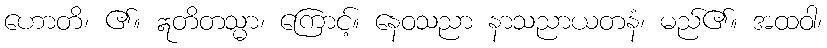
ဟောတိ၊ ၏။ ဣတိတသ္မာ၊ ကြောင့်။ နေဝသညာ နာသညာယတနံ၊ မည်၏။ အထဝါ၊